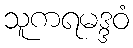
သူကရမဒ္ဒဝံ